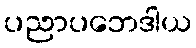
ပညာပဘေဒါယ